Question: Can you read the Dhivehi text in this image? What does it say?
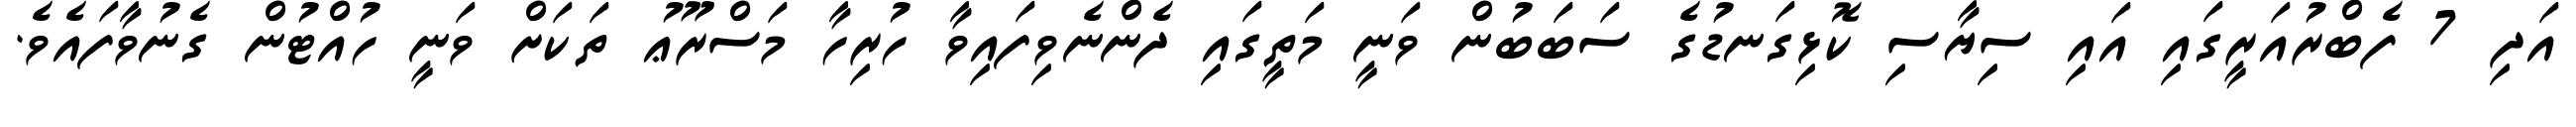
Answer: އަދި 7 ފެބްރުއަރީގައި އައި ސިޔާސި ކޮޅިގަނޑުގެ ސަބަބުން ވަނީ މަތީގައި ދެންނެވިފައިވާ ހުރިހާ މަސްރޫޢު ތަކަށް ވަނީ ހުއްޓުން ގެނުވާފައެވެ.